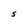
Character: S